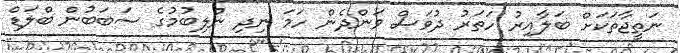
ނަތީޖާތަކަށް ބަލާއިރު ހަތަރު ދުވަސް ވަންދެން ހަމަ ނިދި ނުލިބުމުގެ ސަބަބުން ބްލަޑް